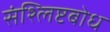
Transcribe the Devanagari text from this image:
संश्लिष्टबोध